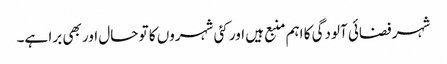
شہر فضائی آلودگی کا اہم منبع ہیں اور کئی شہروں کا تو حال اور بھی برا ہے۔